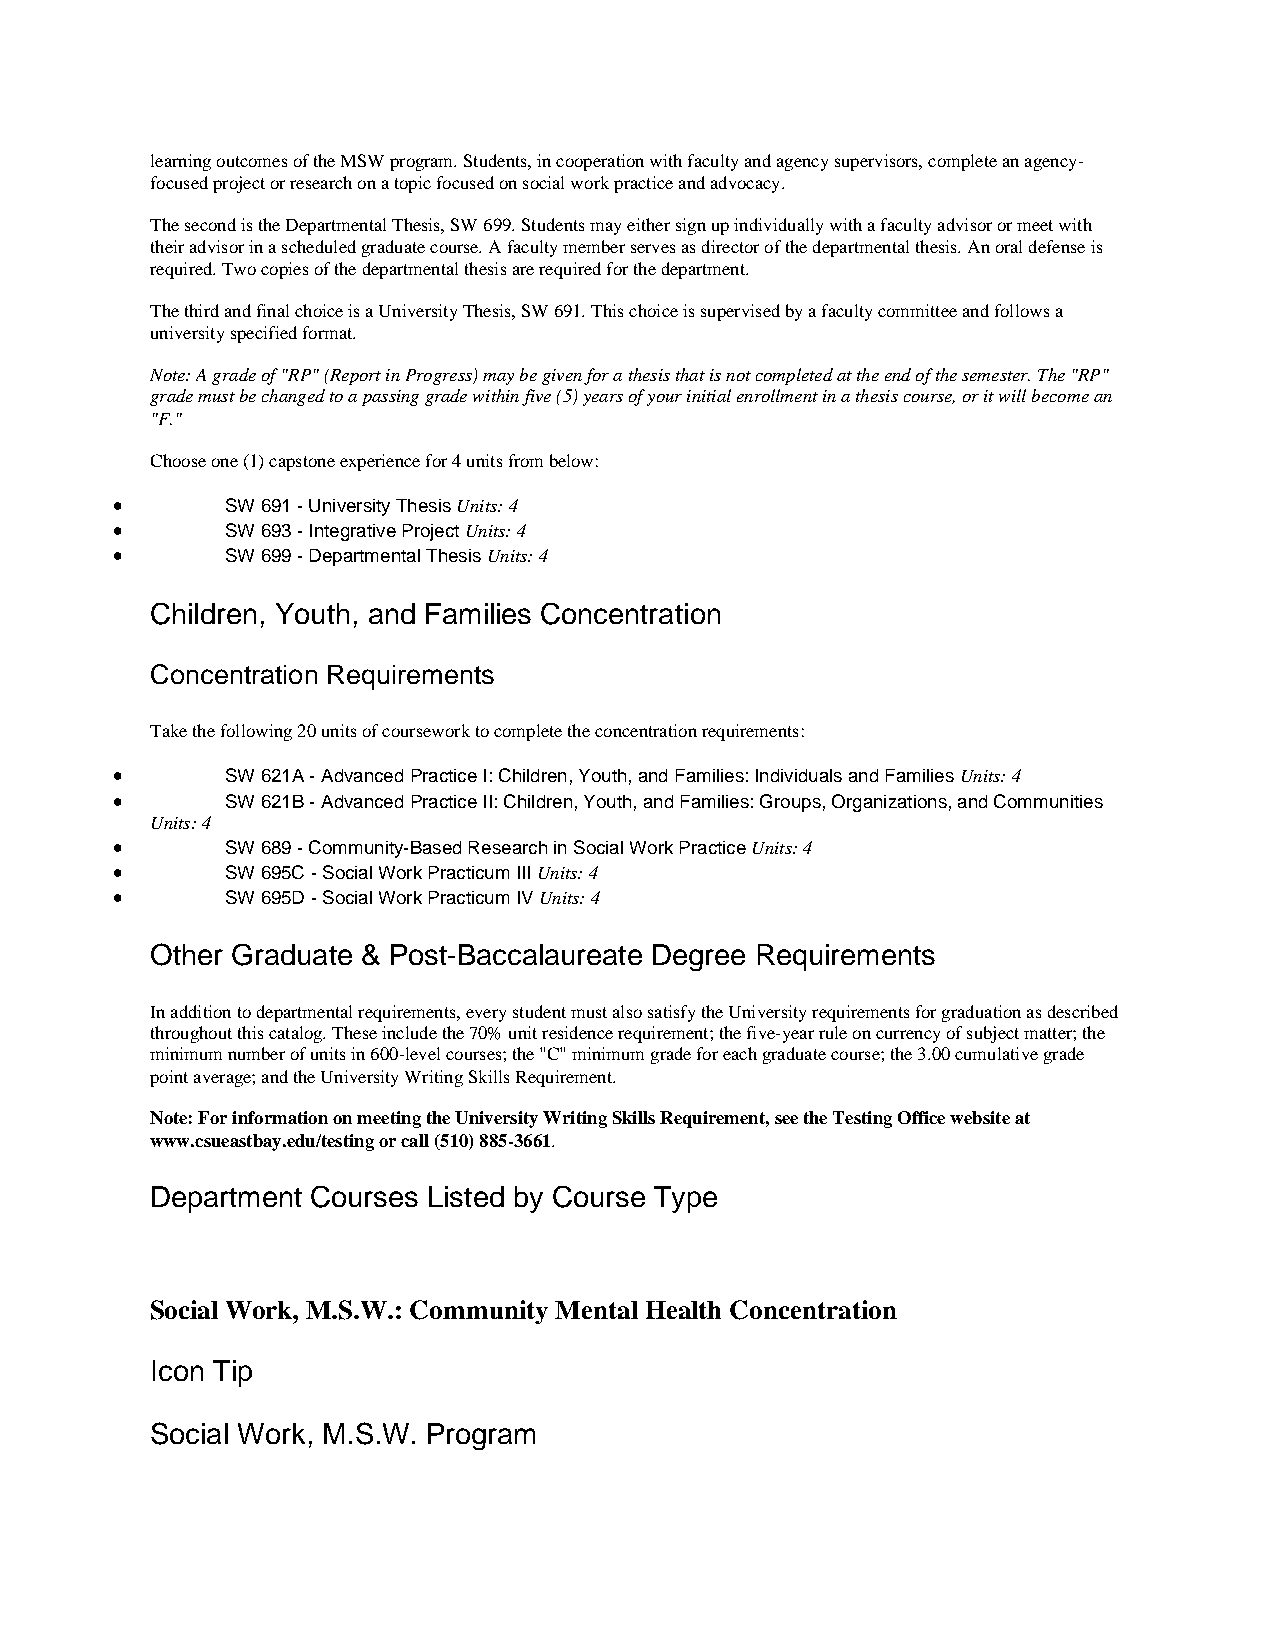
learning outcomes of the MSW program. Students, in cooperation with faculty and agency supervisors, complete an agency-
 focused project or research on a topic focused on social work practice and advocacy.
 The second is the Departmental Thesis, SW 699. Students may either sign up individually with a faculty advisor or meet with
 their advisor in a scheduled graduate course. A faculty member serves as director of the departmental thesis. An oral defense is
 required. Two copies of the departmental thesis are required for the department.
 The third and final choice is a University Thesis, SW 691. This choice is supervised by a faculty committee and follows a
 university specified format.
 Note: A grade of "RP" (Report in Progress) may be given for a thesis that is not completed at the end of the semester. The "RP"
 grade must be changed to a passing grade within five (5) years of your initial enrollment in a thesis course, or it will become an
 "F."
 Choose one (1) capstone experience for 4 units from below:
 •       SW 691 - University Thesis Units: 4
 •       SW 693 - Integrative Project Units: 4
 •       SW 699 - Departmental Thesis Units: 4
 Children, Youth, and Families Concentration
 Concentration Requirements
 Take the following 20 units of coursework to complete the concentration requirements:
 •       SW 621A - Advanced Practice I: Children, Youth, and Families: Individuals and Families Units: 4
 •       SW 621B - Advanced Practice II: Children, Youth, and Families: Groups, Organizations, and Communities
 Units: 4
 •       SW 689 - Community-Based Research in Social Work Practice Units: 4
 •       SW 695C - Social Work Practicum III Units: 4
 •       SW 695D - Social Work Practicum IV Units: 4
 Other Graduate & Post-Baccalaureate Degree Requirements
 In addition to departmental requirements, every student must also satisfy the University requirements for graduation as described
 throughout this catalog. These include the 70% unit residence requirement; the five-year rule on currency of subject matter; the
 minimum number of units in 600-level courses; the "C" minimum grade for each graduate course; the 3.00 cumulative grade
 point average; and the University Writing Skills Requirement.
 Note: For information on meeting the University Writing Skills Requirement, see the Testing Office website at
 www.csueastbay.edu/testing or call (510) 885-3661.
 Department Courses Listed by Course Type
 Social Work, M.S.W.: Community Mental Health Concentration
 Icon Tip
 Social Work, M.S.W. Program